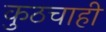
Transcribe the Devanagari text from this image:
कुठचाही